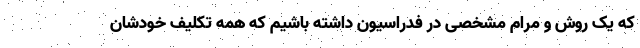
که یک روش و مرام مشخصی در فدراسیون داشته باشیم که همه تکلیف خودشان